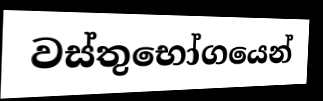
වස්තුභෝගයෙන්